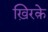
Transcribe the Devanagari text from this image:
ख़िरक़े